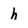
Character: h